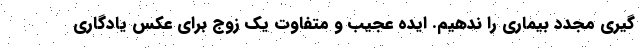
گیری مجدد بیماری را ندهیم. ایده عجیب و متفاوت یک زوج برای عکس یادگاری